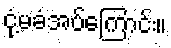
ငုံ့မခံအပ်ကြောင်း။